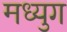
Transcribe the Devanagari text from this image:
मध्युग